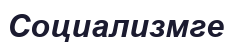
Социализмге